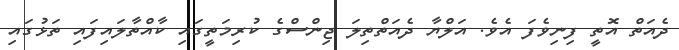
ދެއަތް އޮތީ ފިނިވެފަ އެވެ. އަލްޔާ ދެއަތްތިލަ ޖިންސްގެ ކުރިމަތީގައި ކާއްތާލައިފައި ތަޅުގައި